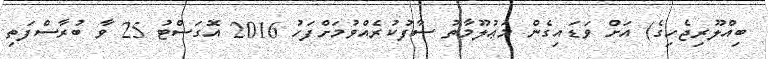
ބިއްލޫރިޖެހިގެ) އަށް ވަޑައިގެން މަޢުލޫމާތު ސާފުކުރެއްވުމަށްފަހު 2016 އޮގަސްޓު 25 ވާ ބުރާސްފަތި